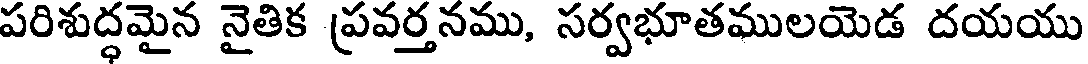
పరిశుద్ధమైన నైతిక ప్రవర్తనము, సర్వభూతములయెడ దయయు